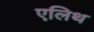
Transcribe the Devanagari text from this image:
एलिथ